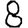
Digit: 8